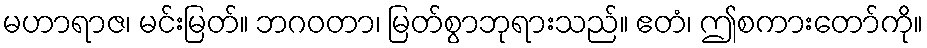
မဟာရာဇ၊ မင်းမြတ်။ ဘဂဝတာ၊ မြတ်စွာဘုရားသည်။ ဧတံ၊ ဤစကားတော်ကို။